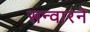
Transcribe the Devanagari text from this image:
सन्वारने